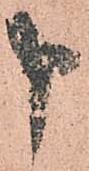
申